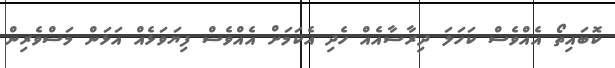
ކޮބައިތޯ އެއްވެސް ކަހަލަ ދިރާސާއެއް ހެދި އެކަމަށް އެއްވެސް ފިޔަވަޅެއް އަޅަން މަސްވެރިން